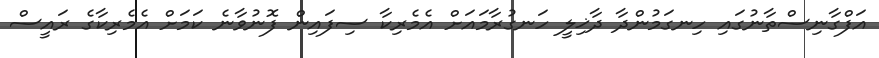
އަފްގާނިސްތާނުގައި ހިނގަމުންދާ ދާޚިލީ ހަނގުރާމައަށް އެމެރިކާ ސިފައިން ފޮނުވާނެ ކަމަށް އެމެރިކާގެ ރައީސް